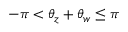
- \pi < \theta _ { z } + \theta _ { w } \leq \pi